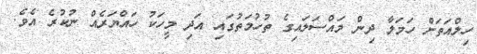
ހިލްއަތަށް ހަމަލާ ދިން މައްސަލައިގެ ތުހުމަތުގައި އަދި މީހަކު ހައްޔަރެއް ނުކުރެ އެވެ.